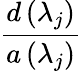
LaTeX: \frac{d\left(\lambda_{j}\right)}{a\left(\lambda_{j}\right)}